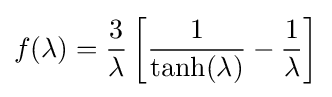
f(\lambda )={\frac {3}{\lambda }}\left[{\frac {1}{\tanh(\lambda )}}-{\frac {1}{\lambda }}\right]